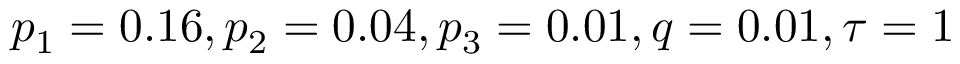
p _ { 1 } = 0 . 1 6 , p _ { 2 } = 0 . 0 4 , p _ { 3 } = 0 . 0 1 , q = 0 . 0 1 , \tau = 1